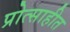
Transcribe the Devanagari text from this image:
प्रोत्साहीत